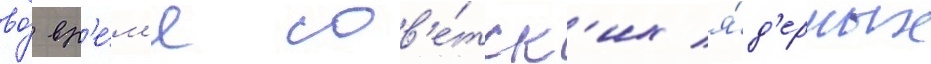
во́ вр'е́м'я сов'е́тск'их я́д'ерных